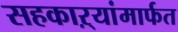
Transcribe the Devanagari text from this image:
सहकाऱ्यांमार्फत